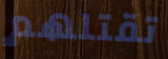
تقتلهم